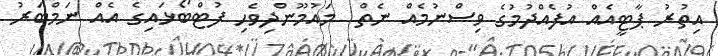
އިތުރު ޕާޓީއެއް އުފެއްދުމުގެ ވިސްނުމެއް ނެތް  މައުމޫންދިވެހި ފުޓްބޯޅައިގެ އެއް ނަމްބަރު